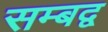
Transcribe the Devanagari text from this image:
सम्‍बद्व